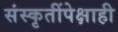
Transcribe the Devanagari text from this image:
संस्कृतींपेक्षाही